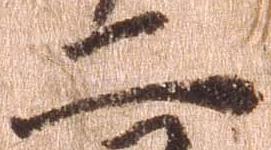
二